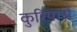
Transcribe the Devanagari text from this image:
कुरियार्स